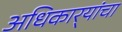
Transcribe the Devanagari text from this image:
अधिकार्‍यांचा